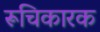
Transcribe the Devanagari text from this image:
रूचिकारक